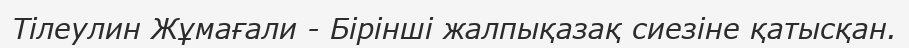
Тілеулин Жұмағали - Бірінші жалпықазақ сиезіне қатысқан.